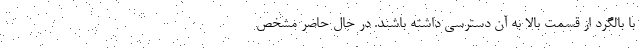
با بالگرد از قسمت بالا به آن دسترسی داشته باشند. در حال حاضر مشخص